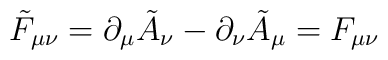
\tilde F_{\mu\nu} = \partial_\mu \tilde A_\nu - \partial_\nu\tilde A_\mu =F_{\mu\nu}